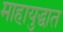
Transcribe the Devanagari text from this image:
माहायुद्धात